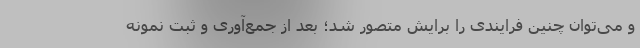
و می‌توان چنین فرایندی را برایش متصور شد؛ بعد از جمع‌آوری و ثبت نمونه